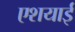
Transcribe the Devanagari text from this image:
एशयाई